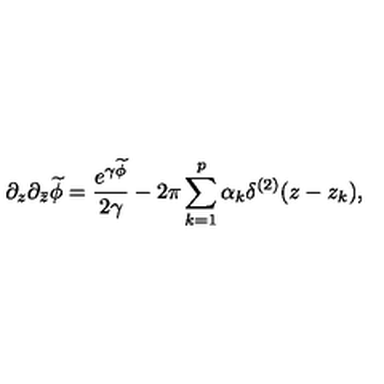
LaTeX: \partial _ { z } \partial _ { \bar { z } } \widetilde \phi = { \frac { e ^ { \gamma \widetilde \phi } } { 2 \gamma } } - 2 \pi \sum _ { k = 1 } ^ { p } \alpha _ { k } \delta ^ { ( 2 ) } ( z - z _ { k } ) ,